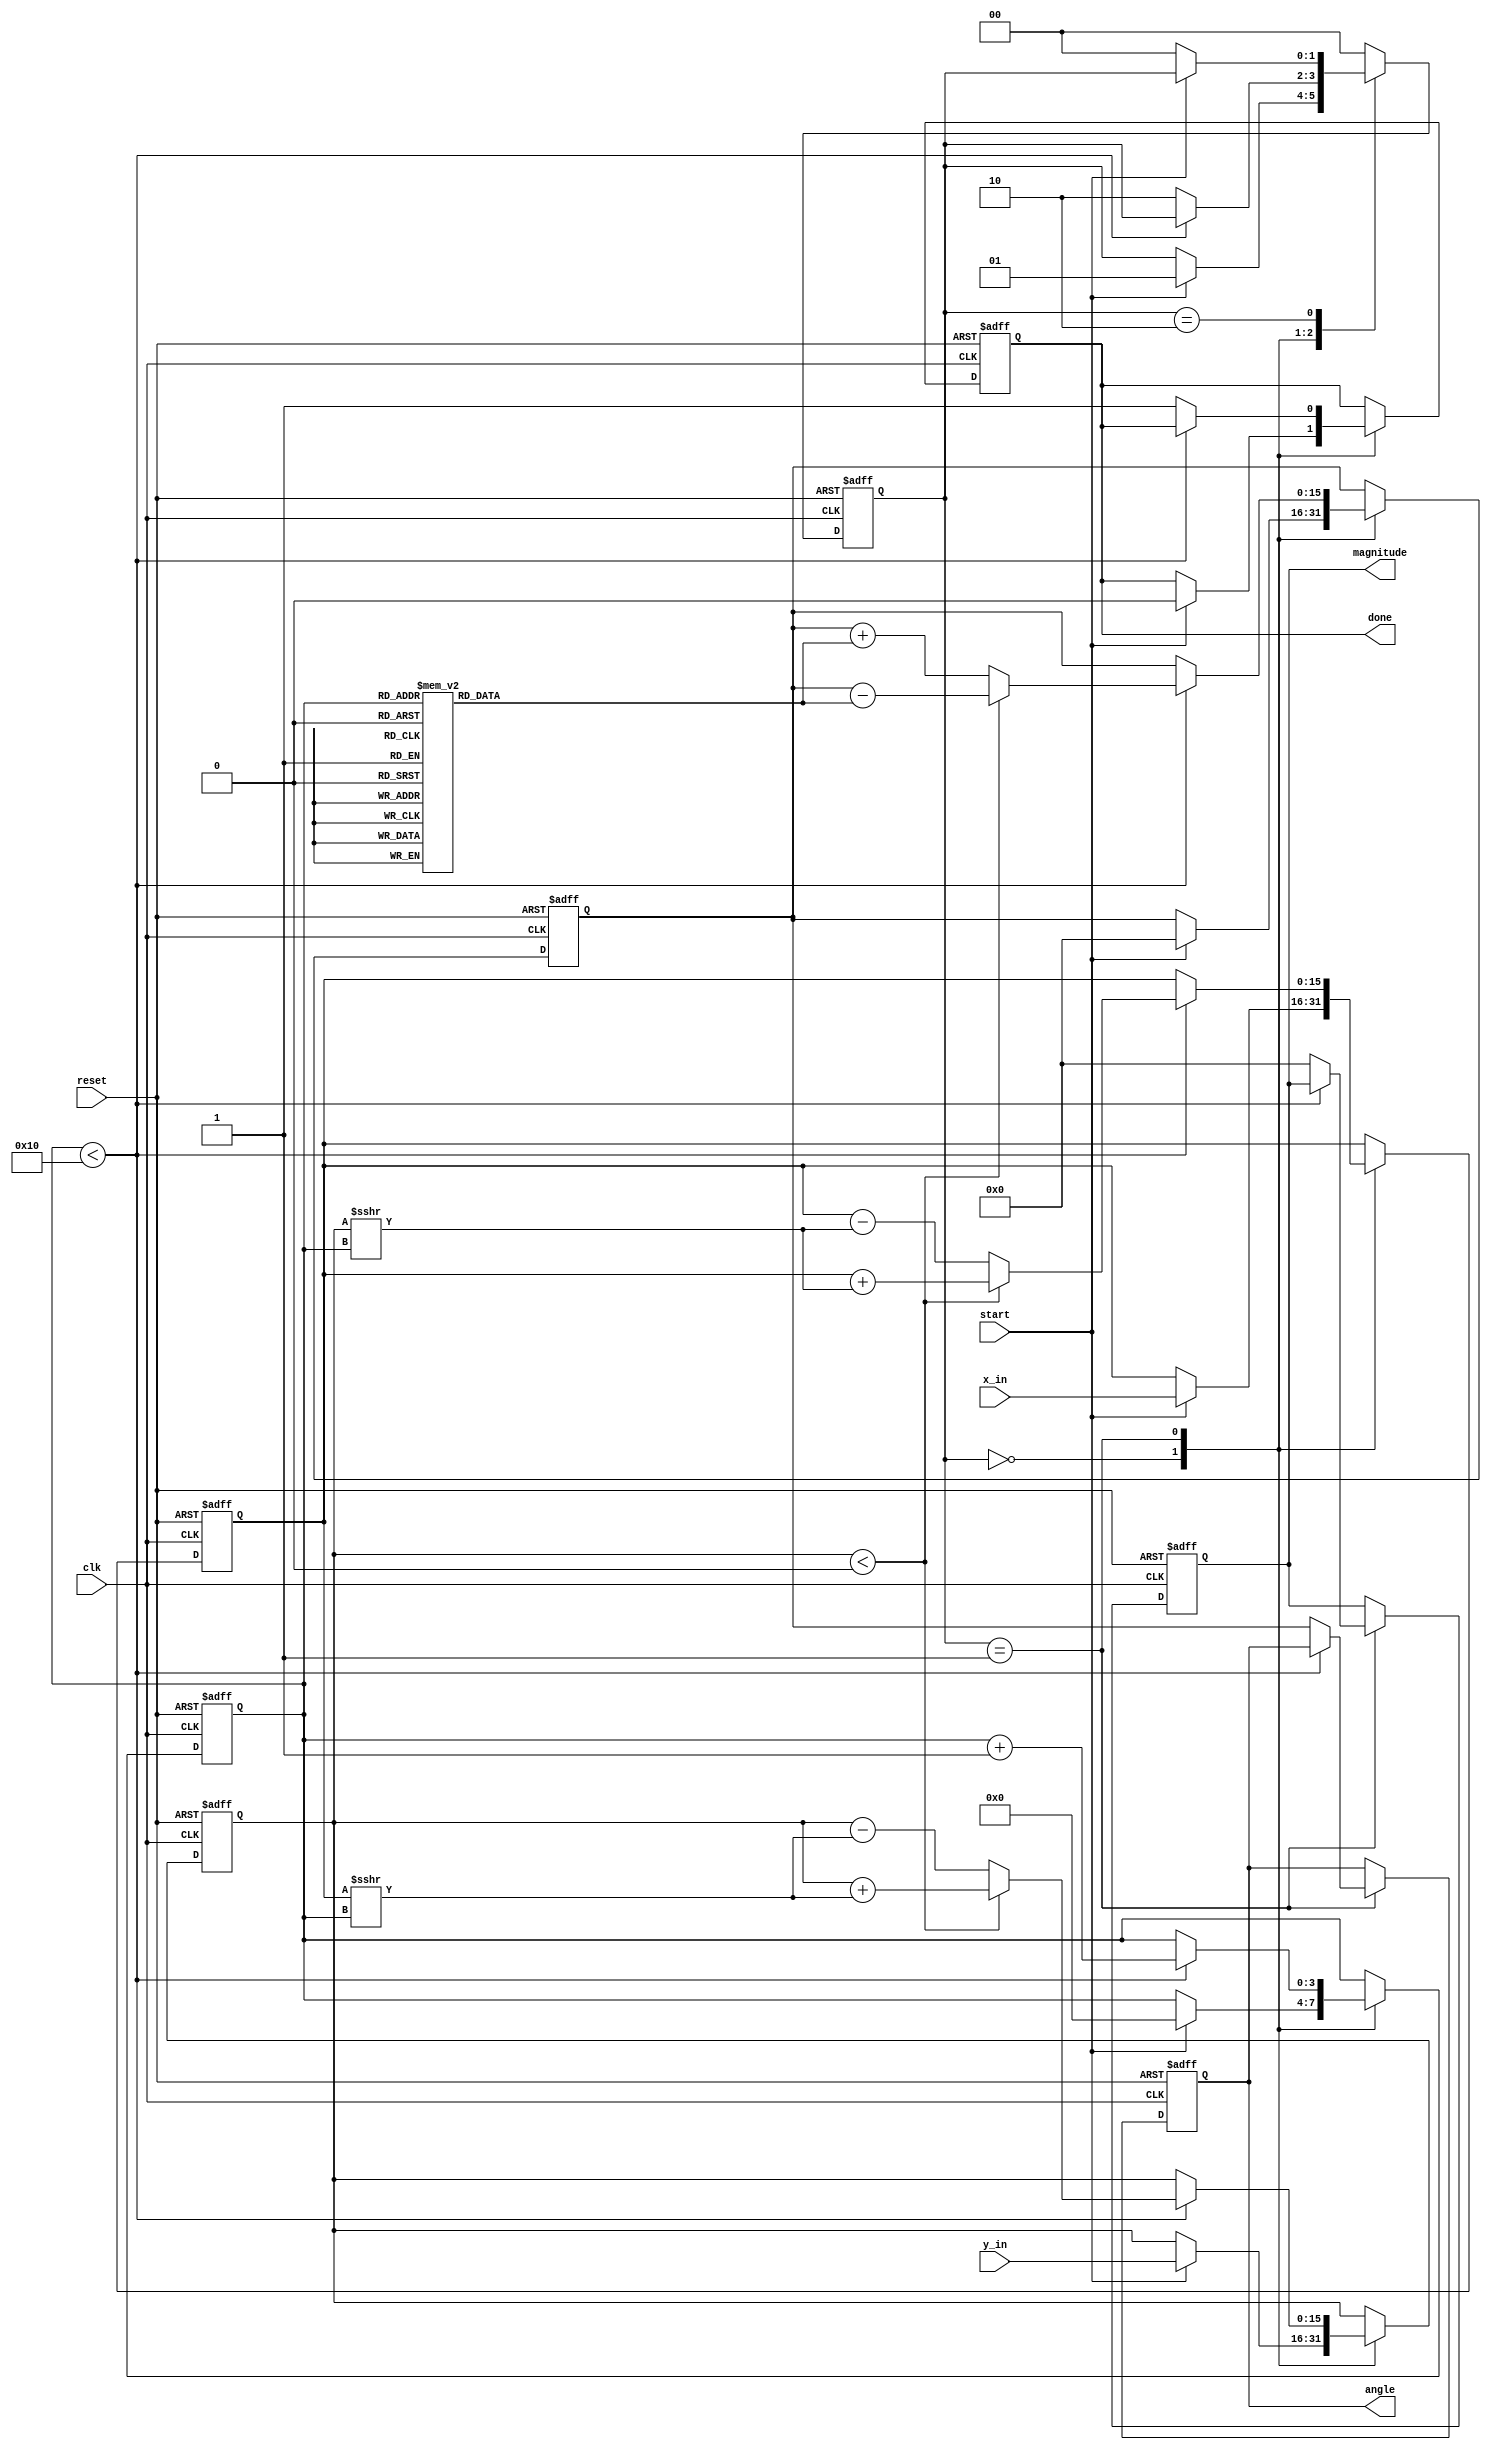
module vectoring_cordic #(
    parameter N = 16, // Bit-width for x_in and y_in
    parameter M = 16, // Bit-width for angle output
    parameter ITERATIONS = 16 // Number of iterations for CORDIC
)(
    input  wire [N-1:0] x_in,
    input  wire [N-1:0] y_in,
    input  wire start,
    input  wire clk,
    input  wire reset,
    output reg [N-1:0] magnitude,
    output reg [M-1:0] angle,
    output reg done
);

    // Internal registers
    reg [N-1:0] x_reg;
    reg [N-1:0] y_reg;
    reg [M-1:0] z_reg;
    reg [3:0] iter_count; // Counter for iterations
    reg [1:0] state; // FSM state

    // State encoding
    localparam IDLE    = 2'b00;
    localparam COMPUTE = 2'b01;
    localparam DONE    = 2'b10;

    // CORDIC angle lookup table (in fixed-point representation)
    reg [M-1:0] atan_table [0:ITERATIONS-1];
    initial begin
        // Initialize atan_table with precomputed values
        atan_table[0] = 16'h2000; // atan(2^-0)
        atan_table[1] = 16'h1000; // atan(2^-1)
        atan_table[2] = 16'h0800; // atan(2^-2)
        atan_table[3] = 16'h0400; // atan(2^-3)
        atan_table[4] = 16'h0200; // atan(2^-4)
        atan_table[5] = 16'h0100; // atan(2^-5)
        atan_table[6] = 16'h0080; // atan(2^-6)
        atan_table[7] = 16'h0040; // atan(2^-7)
        atan_table[8] = 16'h0020; // atan(2^-8)
        atan_table[9] = 16'h0010; // atan(2^-9)
        atan_table[10] = 16'h0008; // atan(2^-10)
        atan_table[11] = 16'h0004; // atan(2^-11)
        atan_table[12] = 16'h0002; // atan(2^-12)
        atan_table[13] = 16'h0001; // atan(2^-13)
        atan_table[14] = 16'h0001; // atan(2^-14)
        atan_table[15] = 16'h0000; // atan(2^-15)
    end

    // FSM and computation logic
    always @(posedge clk or posedge reset) begin
        if (reset) begin
            state <= IDLE;
            x_reg <= 0;
            y_reg <= 0;
            z_reg <= 0;
            iter_count <= 0;
            done <= 0;
            magnitude <= 0;
            angle <= 0;
        end else begin
            case (state)
                IDLE: begin
                    if (start) begin
                        x_reg <= x_in;
                        y_reg <= y_in;
                        z_reg <= 0;
                        iter_count <= 0;
                        done <= 0;
                        state <= COMPUTE;
                    end
                end

                COMPUTE: begin
                    if (iter_count < ITERATIONS) begin
                        if (y_reg < 0) begin
                            // Rotate clockwise
                            x_reg <= x_reg + (y_reg >>> iter_count);
                            y_reg <= y_reg + (x_reg >>> iter_count);
                            z_reg <= z_reg - atan_table[iter_count];
                        end else begin
                            // Rotate counter-clockwise
                            x_reg <= x_reg - (y_reg >>> iter_count);
                            y_reg <= y_reg - (x_reg >>> iter_count);
                            z_reg <= z_reg + atan_table[iter_count];
                        end
                        iter_count <= iter_count + 1;
                    end else begin
                        // Compute magnitude
                        magnitude <= (x_reg * x_reg + y_reg * y_reg) >>> (N);
                        angle <= z_reg;
                        done <= 1;
                        state <= DONE;
                    end
                end

                DONE: begin
                    if (!start) begin
                        state <= IDLE; // Reset to IDLE on new start signal
                    end
                end

                default: state <= IDLE;
            endcase
        end
    end

endmodule